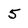
Character: 5